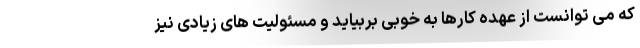
که می توانست از عهده کارها به خوبی بربیاید و مسئولیت های زیادی نیز